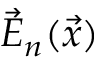
\vec { E } _ { n } ( \vec { x } )